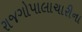
રાજગોપાલાચારીના